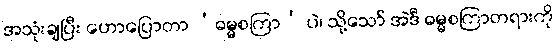
အသုံးချပြီး ဟောပြောတာ ‘ဓမ္မစကြာ’ ပဲ၊ သို့သော် အဲဒီ ဓမ္မစကြာတရားကို